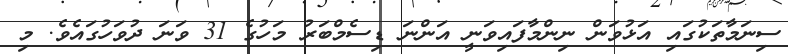
ސިނަމާތަކުގައި އަޅުވަން ނިންމާފައިވަނީ އަންނަ ޑިސެމްބަރު މަހުގެ 31 ވަނަ ދުވަހުގައެވެ. މި